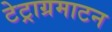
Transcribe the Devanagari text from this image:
टेट्राग्रमाटन